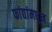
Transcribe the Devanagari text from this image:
फांद्यांमधून